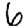
Digit: 6